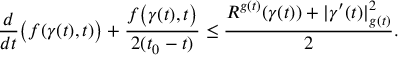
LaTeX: { \frac { d } { d t } } { \big ( } f ( \gamma ( t ) , t ) { \big ) } + { \frac { f { \big ( } \gamma ( t ) , t { \big ) } } { 2 ( t _ { 0 } - t ) } } \leq { \frac { R ^ { g ( t ) } ( \gamma ( t ) ) + | \gamma ^ { \prime } ( t ) | _ { g ( t ) } ^ { 2 } } { 2 } } .